Leaving Certificate Examination, 1920
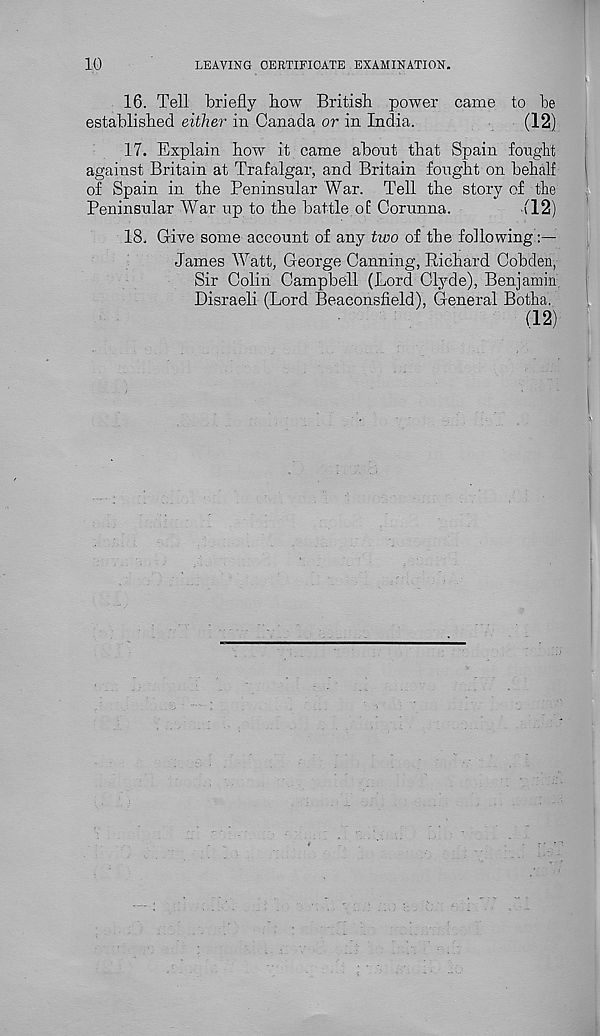
10
LEAVING CERTIFICATE EXAMINATION.
16. Tell briefly bow British power came to be
established either in Canada or in India.
(12.)
17. Explain how it came about that Spain fought
against Britain at Trafalgar, and Britain fought on behalf
of Spain in the Peninsular War. Tell the story of the
Peninsular War up to the battle of Corunna.
(12)
18. Give some account of any two of the following
James Watt, George Canning, Richard Cobden,
Sir Colin Campbell (Lord Clyde), Benjamin
Disraeli (Lord Beaeonsfield), General Botha.
(12)